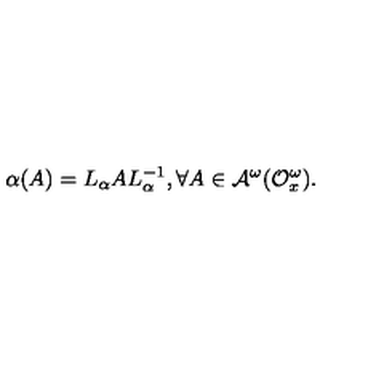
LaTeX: \alpha ( A ) = L _ { \alpha } A L _ { \alpha } ^ { - 1 } , \forall A \in { \cal A } ^ { \omega } ( { \cal O } _ { x } ^ { \omega } ) .